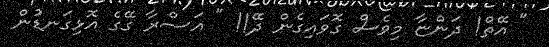
" އޭތް! ދަންޏާ މިވެސް ގޮވައިގެން ދޭ!! " އަސްރާ ގޭގެ އޮޅިގަނޑުުން